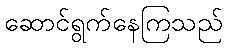
ဆောင်ရွက်နေကြသည်